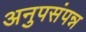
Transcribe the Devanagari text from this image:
अनुपसंपन्न